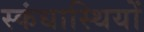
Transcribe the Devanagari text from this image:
स्कंधास्थियों